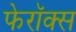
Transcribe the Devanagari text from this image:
फेरॉक्स